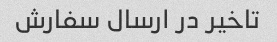
تاخیر در ارسال سفارش